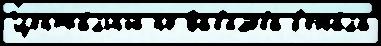
Центра́льный но Вав'и́лова б'ежа́ла